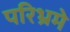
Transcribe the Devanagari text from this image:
परिभ्रमे